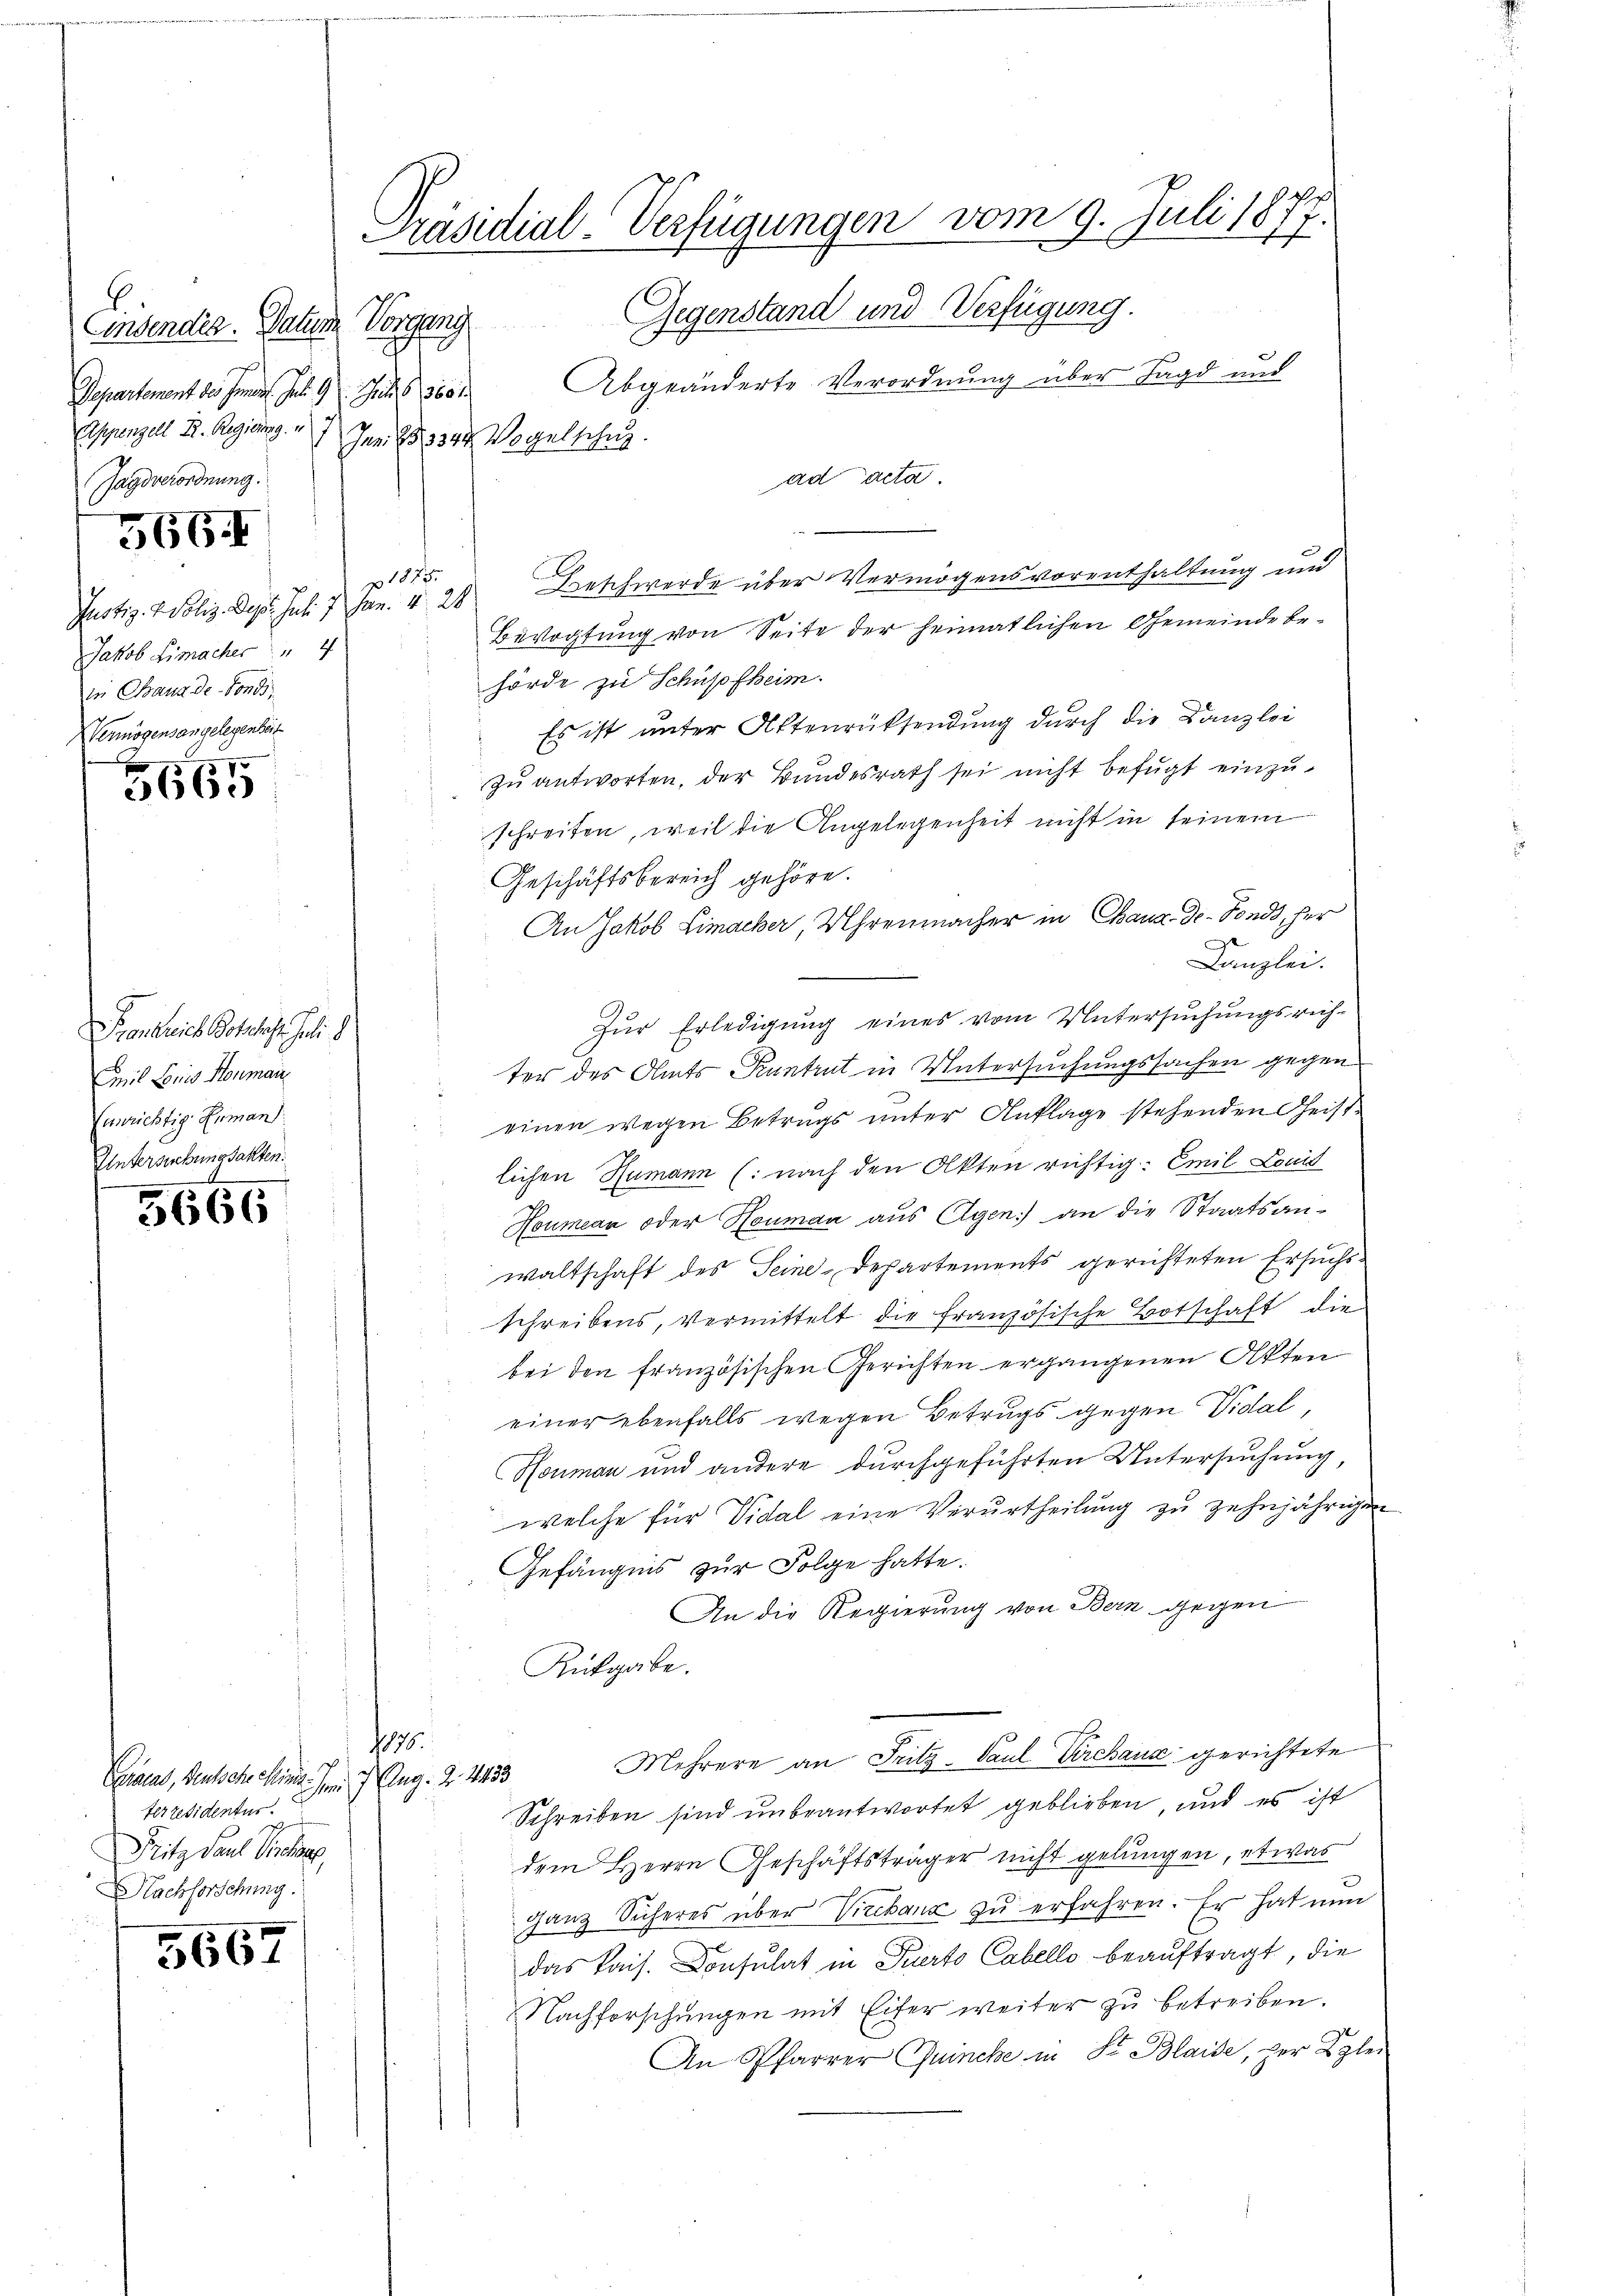
Lindendig. Balinde Vorgang
Departement des Innern. Jul. 9. Jul. 6. 13601
Appenzell A. Regierung.
Jur. 2034 Vogelschul
Gagsverordnung

566.

Jakob Limacher
in Chaus de-Fonds
Vermögensangelegenheit

5665

Faustreich Botschafts solid
Emil Louis Honmann
Canrichtig Erman
Untersuchungsakten.

5666

5667

Präsidial-Verfügungen vom 9. Juli 1877.

Gegenstand und Verfügung.
Abgeänderte Verordnung über Jagd und
ad acta
Justiz- & Poliz. Sep. Jul. 7. Jan. 428 Beschwerde über Vermögensvorenthaltung und
Bevogtung von Seite der heimatlichen Gemeinde behörde zu Schüpfheim.
Es ist unter Aktenrücksendung durch die Kanzlei
zŭantworten, der Bundesrath sei nicht befügt einzuschreiten, weil die Angelegenheit nicht in seinem
Geschäftsbereich gehöre.
An Jakob Limacher, Uhrenmacher in Chaux-de-Fonds, her
Kanzlei.
Zur Erledigung eines vom Untersuchungsrichter des Amts Kantrut in Untersuchungssachen gegen
einen wegen Betrugs unter Anklage stehenden Geistlichen Rumann (: nach den Akten richtig. Emil Louis
Houmean oder Human aus Eigen) an die Staatsan-
waltschaft des Seine-Departements gerichteten Ersuchsschreibens, vermittelt die französische Botschaft die
bei den französischen Gerichten ergangenen Akten
einer ebenfalls wegen Betrugs gegen Vidal,
Honman und andere durchgeführten Untersuchung,
welche für Vidal eine Verurtheilung zu zehnjährigen
Gefängnis zur Folge hatte.
An die Regierung von Bern gegen
Rükgabe.
1875.
Mehrere an Fritz- Paul Pirchaus gerichtete
Schreiben sind unbeantwortet geblieben, und es ist
dem Herrn Geschäftsträger nicht gelungen, etwas
ganz Sicheres über Vicebanz zu erfahren. Er hat nun
das kais. Consulat in Perto Cabello beauftragt, die
Nachforschungen mit Eifer weiter zu betreiben.
An Pfarrer Quinche in Sr. Blaise, per Klei

p. 1875.

Caad, Deutsche Minis dem 7. Aug. 24433
terzesidentes
Fritz Paul Sichen
Nachforschung.